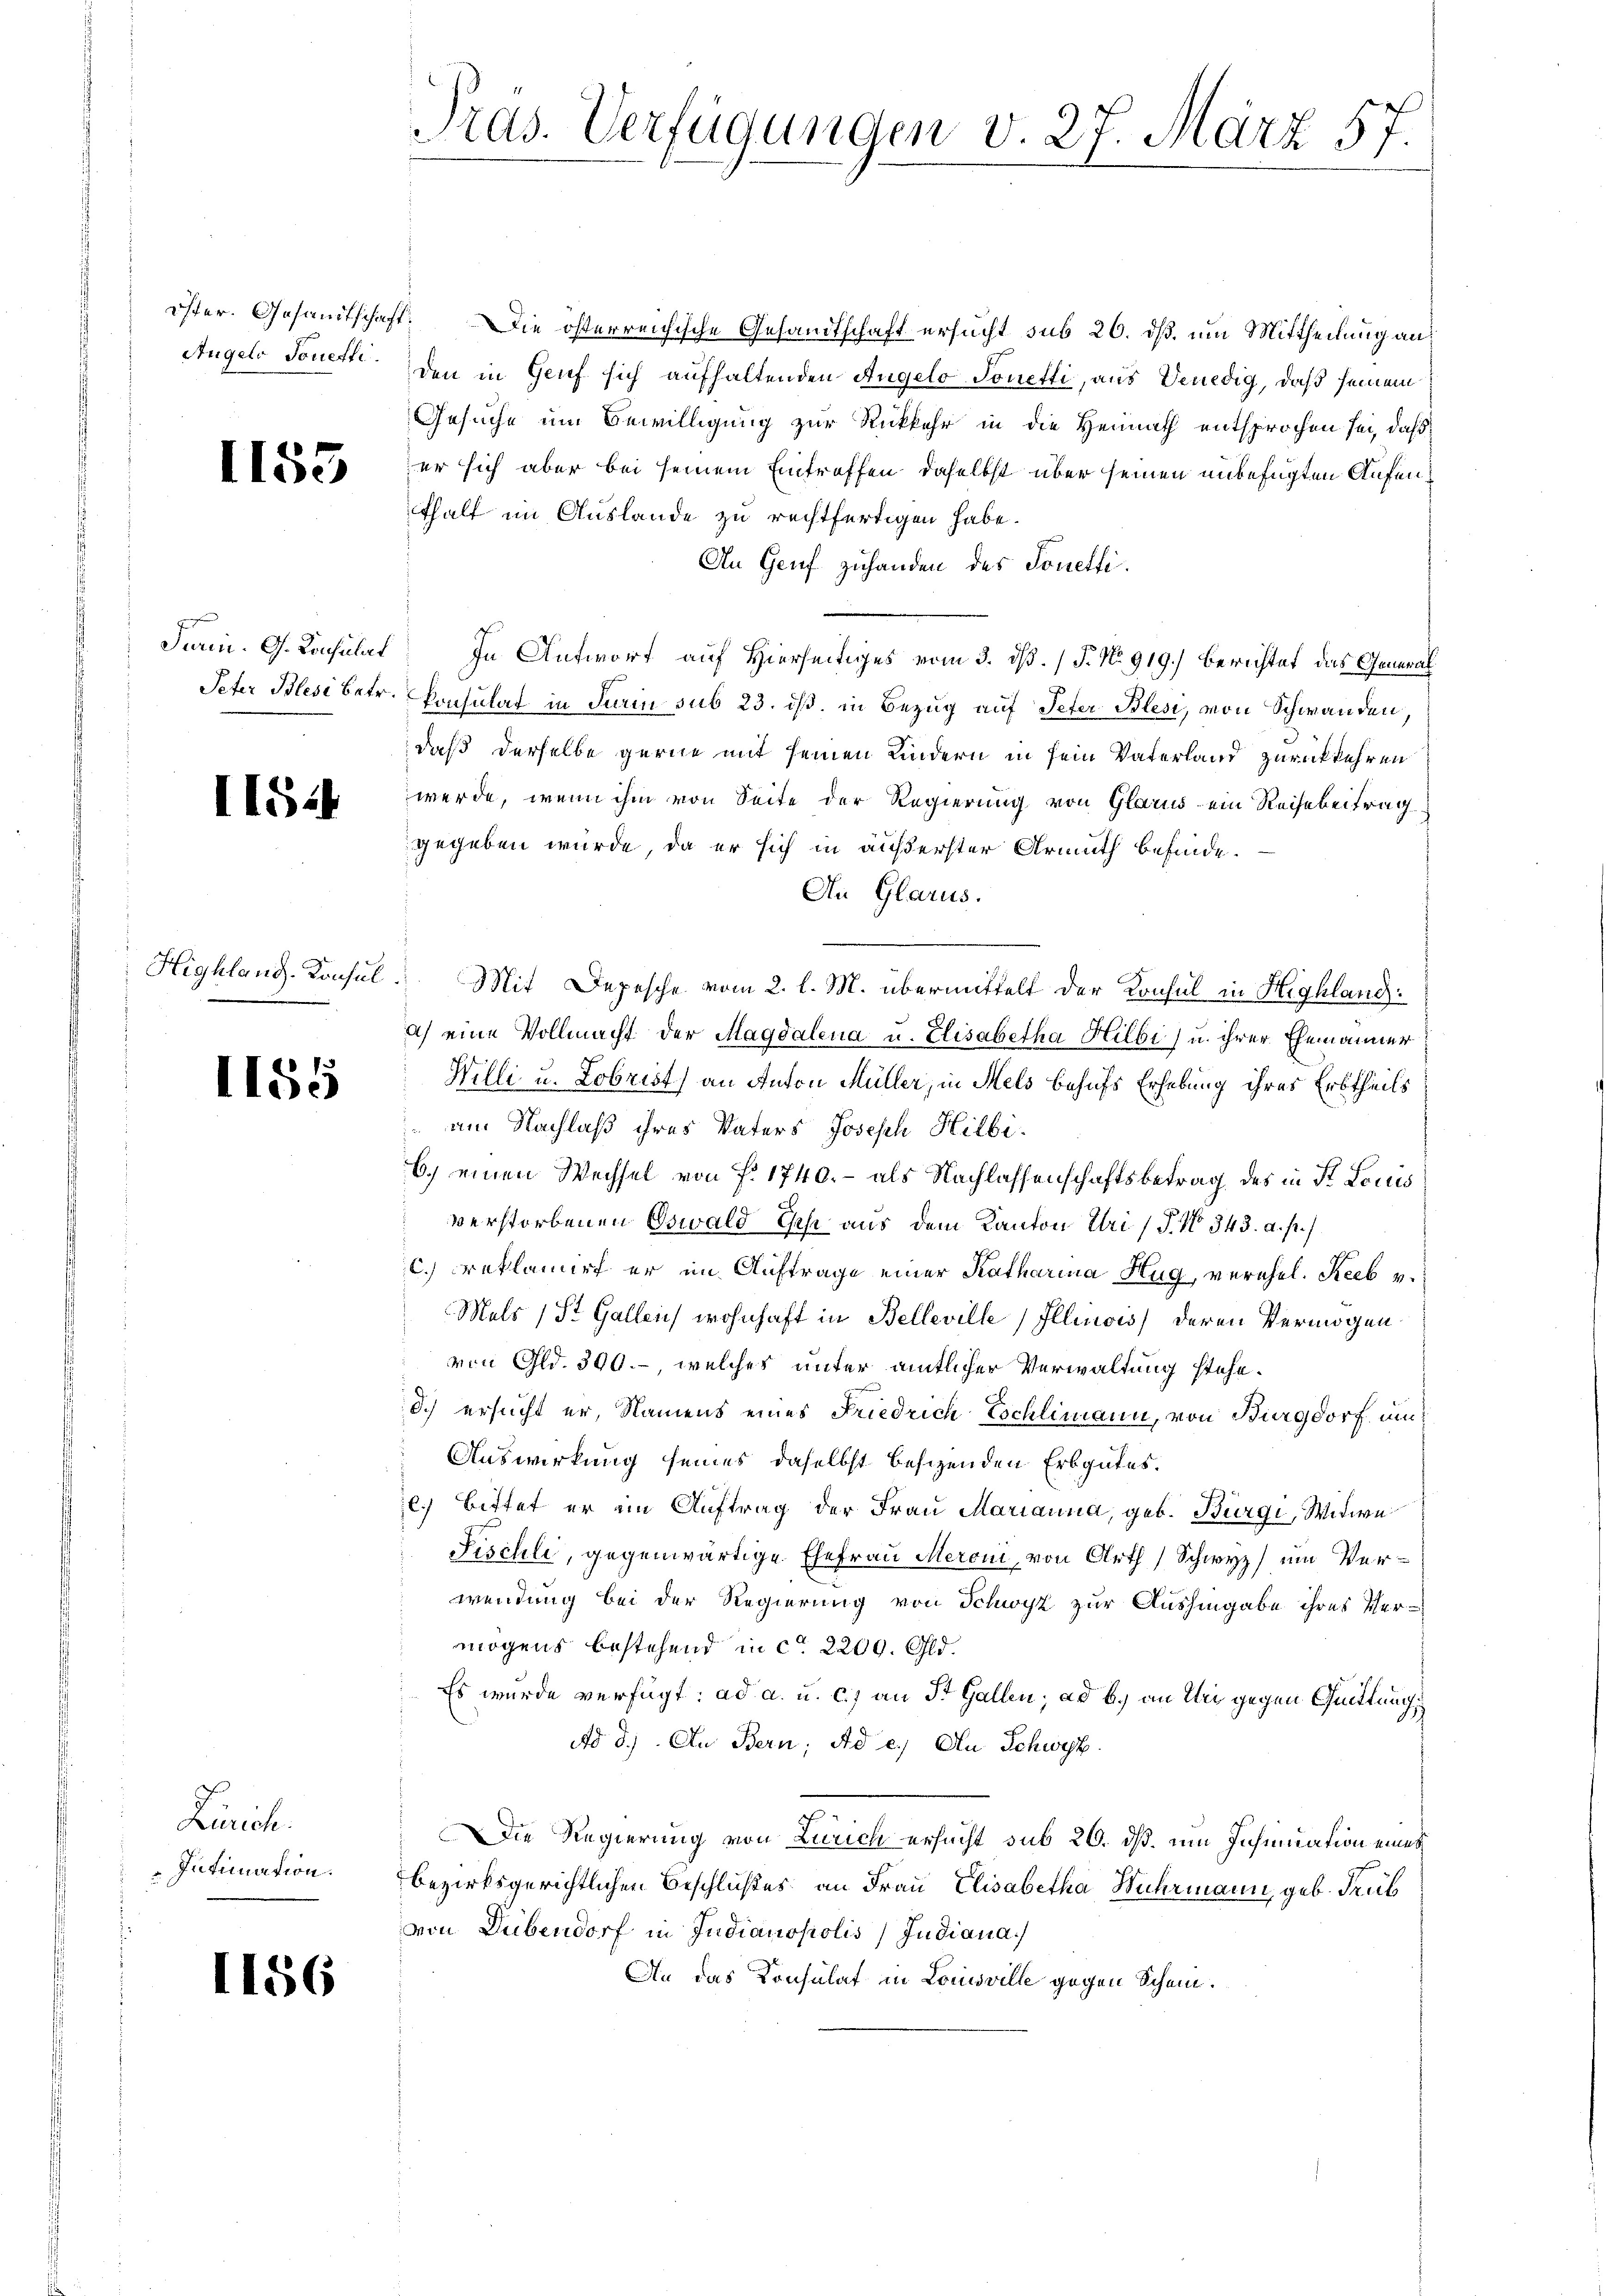
1153

1144

1155

Zürich.
Intimation.

1156

Tras. Verfügungen v. 27. März 57.

öster. Gesamtschaft. Die österreichische Gesandtschaft ersucht sub 20. dß, um Mittheilung an,
Angels Sonett. den in Gruf sich aufhaltenden Angelo Tonetti, aus Venedig, daß seinem
Gesuche um Bewilligung zur Rückkehr in die Heimath entsprochen sei, daß
er sich aber bei seinem Eintroffen, daselbst über seinen unbefügten Aufenthalt im Auslande zu rechtfertigen habe.
An Genf zuhanden des Sonetti¬
Jerin. G. Konsulat In Antwort auf Hierseitiges vom 3. ds. (T. No. 919.) Berichtet das General
Jeter Blesi betr. Consulat in Fierin sub 23. ist, in Bezug auf Peter Blesi, von Schwanden,
daß derselbe gerne mit seinen Kindern in sein Vaterland zurückkehren
werde, wenn ihm von Seite der Regierung von Glarus ein Reisebeitrag
gegeben würde, da er sich in äußerster Armuth befinde.
An Glarus.
Highland. Konsul. Mit Depesche vom 2. l. M. übermittelt der Konsul in Highland:
a) eine Vollmacht der Magdalena u. Elisabetha Hilbi) u. ihrer Ehemänner
Willi u. Lobrist an Anton Müller, in Mels behufs Erhebung ihres Erbtheils
 am Nachlaß ihres Vaters Joseph Hilbi¬
6.) einen Wechsel von f. 1740.- als Nachlassenschaftsbetrag des in St. Louis
verstorbenen Oswald Esche aus dem Kanton Uri (§. 10 343. a. p.)
C.) Proklamirt er im Auftrage einer Katharina Hug, verehel. Keeb v
Mels 1 St Gallen wohnhaft in Belleville, Illinois deren Vermögen
von Gld. 300.- welches unter amtlicher Verwaltung stehe.
Ich ersucht er, Namens eines Friedrich Eschlimann, von Burgdorf um
Auswirkung seines daselbst besizenden Erbgutes.
e. Bittet er im Auftrag der Frau Marianna, geb. Bürgi, Witwe
Fischli, gegenwärtige Ehefrau Meroni, von Arth Schwyz) um Verwendung bei der Regierung von Schwyz zur Aushingabe ihres Ver-
mögens bestehend in ca 2209. Gld.
Es wurde verfügt: ad a. u. c) an St. Gallen; ad b.) an dei gegen Quittung
Ad d.) An Bern, Ad e.) An Schwyz
.
Die Regierung von Zürich ersucht sub 20. dß. um Insinuation eines
bezirksgerichtlichen Beschlußes an Frau Elisabetha Wuhrmann, geb. Trub
von Dübendorf in Judianopolis Judiana
An das Konsulat in Louisville gegen Schein.